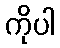
ကိုပါ